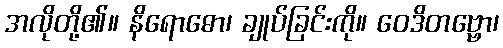
အလိုတို့၏။ နိရောဓော၊ ချုပ်ခြင်းကို။ ဝေဒိတဗ္ဗော၊